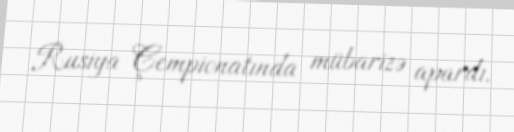
Rusiya Çempionatında mübarizə apardı.